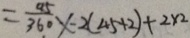
= \frac { 4 5 } { 3 6 0 } \times - 2 ( 4 5 + 2 ) + 2 \times 2